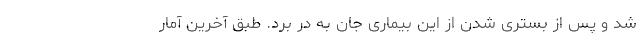
شد و پس از بستری شدن از این بیماری جان به در برد. طبق آخرین آمار